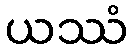
ယဿံ